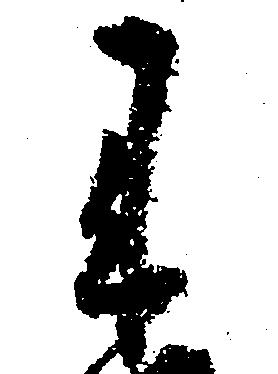
来